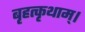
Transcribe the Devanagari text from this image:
बृहत्कृथाम्।